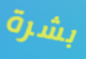
بشرة